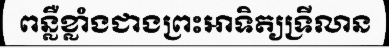
ពន្លឺខ្លាំងជាងព្រះអាទិត្យទ្រីលាន